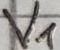
Text: V1